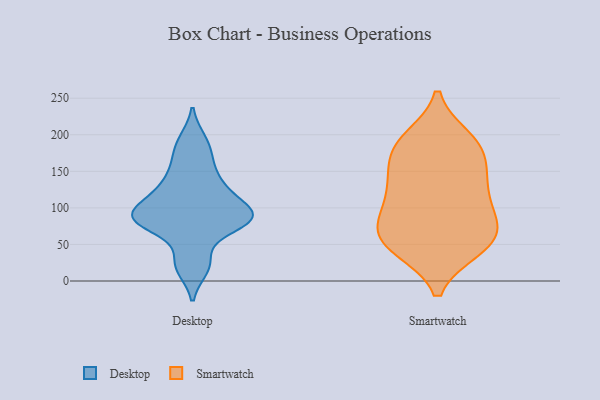
{"axis": {"x": "Market Share (%)", "y": "Value"}, "legend": ["Desktop", "Smartwatch"], "data": [{"x": "", "y": 147, "type": "Desktop"}, {"x": "", "y": 86, "type": "Desktop"}, {"x": "", "y": 171, "type": "Desktop"}, {"x": "", "y": 17, "type": "Desktop"}, {"x": "", "y": 87, "type": "Desktop"}, {"x": "", "y": 99, "type": "Desktop"}, {"x": "", "y": 98, "type": "Desktop"}, {"x": "", "y": 28, "type": "Desktop"}, {"x": "", "y": 84, "type": "Desktop"}, {"x": "", "y": 76, "type": "Desktop"}, {"x": "", "y": 79, "type": "Desktop"}, {"x": "", "y": 122, "type": "Desktop"}, {"x": "", "y": 193, "type": "Desktop"}, {"x": "", "y": 126, "type": "Desktop"}, {"x": "", "y": 145, "type": "Smartwatch"}, {"x": "", "y": 86, "type": "Smartwatch"}, {"x": "", "y": 184, "type": "Smartwatch"}, {"x": "", "y": 52, "type": "Smartwatch"}, {"x": "", "y": 69, "type": "Smartwatch"}, {"x": "", "y": 96, "type": "Smartwatch"}, {"x": "", "y": 44, "type": "Smartwatch"}, {"x": "", "y": 167, "type": "Smartwatch"}, {"x": "", "y": 137, "type": "Smartwatch"}, {"x": "", "y": 45, "type": "Smartwatch"}, {"x": "", "y": 192, "type": "Smartwatch"}, {"x": "", "y": 44, "type": "Smartwatch"}, {"x": "", "y": 119, "type": "Smartwatch"}, {"x": "", "y": 107, "type": "Smartwatch"}, {"x": "", "y": 195, "type": "Smartwatch"}, {"x": "", "y": 68, "type": "Smartwatch"}, {"x": "", "y": 186, "type": "Smartwatch"}, {"x": "", "y": 142, "type": "Smartwatch"}, {"x": "", "y": 70, "type": "Smartwatch"}]}